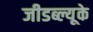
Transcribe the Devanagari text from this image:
जीडब्ल्यूके